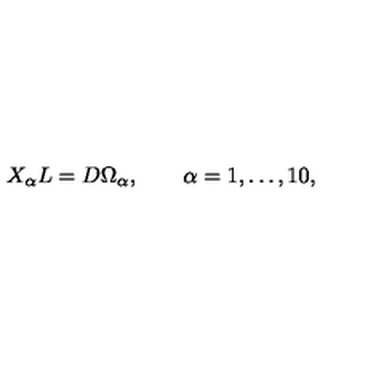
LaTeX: X _ { \alpha } L = D \Omega _ { \alpha } , \qquad \alpha = 1 , \ldots , 1 0 ,